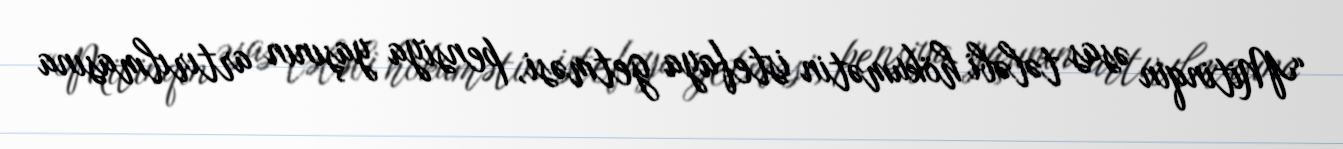
“Mitinqin əsas tələbi hökumətin istefaya getməsi, pensiya yaşının artırılmasına